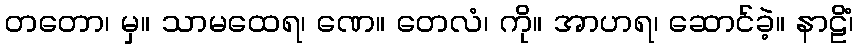
တတော၊ မှ။ သာမထေရ၊ ဏေ။ တေလံ၊ ကို။ အာဟရ၊ ဆောင်ခဲ့။ နာဠိံ၊